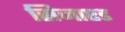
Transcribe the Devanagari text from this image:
सिजाएड